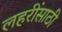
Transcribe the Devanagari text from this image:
लहरींसाठी